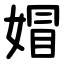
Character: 媢